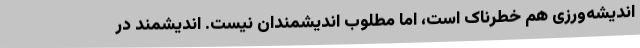
اندیشه‌ورزی هم خطرناک است، اما مطلوب اندیشمندان نیست. اندیشمند در